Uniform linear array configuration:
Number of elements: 8
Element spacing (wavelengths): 0.5
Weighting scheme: kaiser
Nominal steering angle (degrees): -60
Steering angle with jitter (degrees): -59.583
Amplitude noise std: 0.05
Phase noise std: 0.05

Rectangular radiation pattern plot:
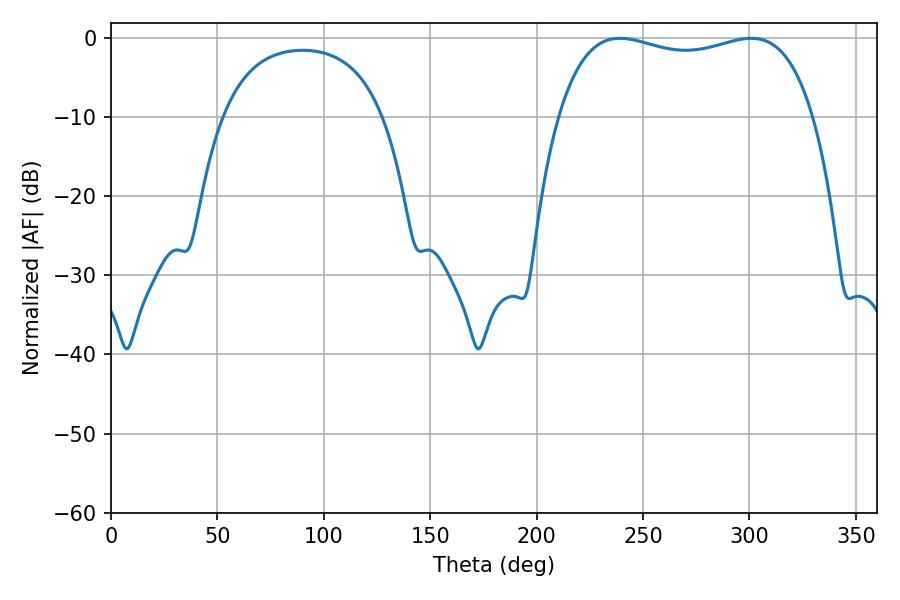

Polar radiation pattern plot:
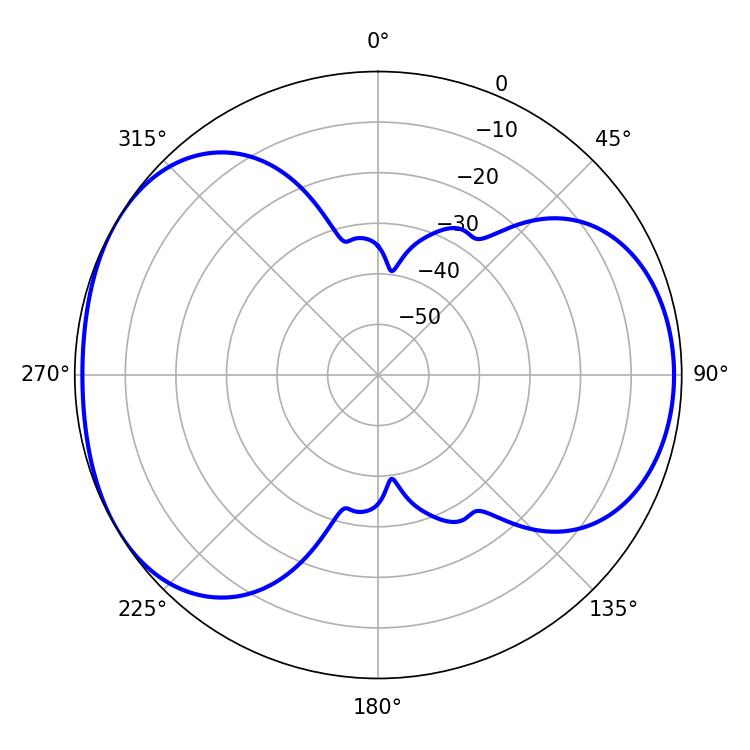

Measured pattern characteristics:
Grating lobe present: FALSE
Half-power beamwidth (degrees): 97.56
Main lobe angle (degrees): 239.04